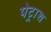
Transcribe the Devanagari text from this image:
पेट्राश